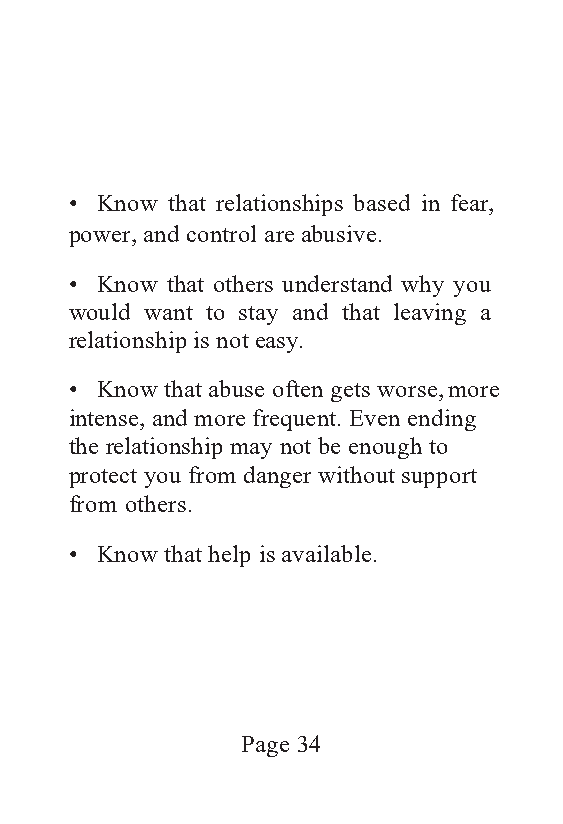
• Know that relationships based in fear,
 power, and control are abusive.
 • Know that others understand why you
 would want to stay and that leaving a
 relationship is not easy.
 • Know that abuse often gets worse, more
 intense, and more frequent. Even ending
 the relationship may not be enough to
 protect you from danger without support
 from others.
 • Know that help is available.
 Page 34